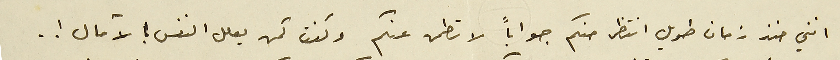
انني منذ زمان طويل انتظر منكم جواباً لاتطمن عنكم وكنت كمن يعلل النفس بالآمال ! .